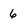
Character: 6